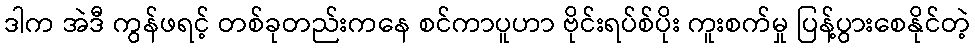
ဒါက အဲဒီ ကွန်ဖရင့် တစ်ခုတည်းကနေ စင်ကာပူဟာ ဗိုင်းရပ်စ်ပိုး ကူးစက်မှု ပြန့်ပွားစေနိုင်တဲ့